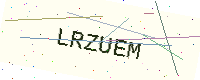
Text: LRZUEM